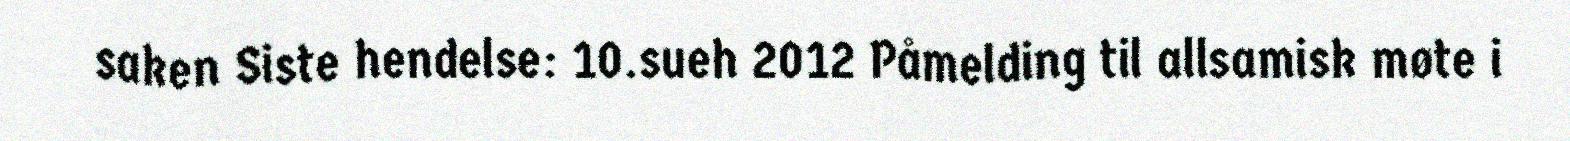
saken Siste hendelse: 10.sueh 2012 Påmelding til allsamisk møte i